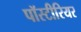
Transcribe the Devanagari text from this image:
पॉस्टीरियर